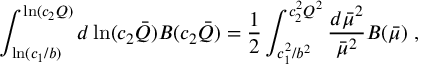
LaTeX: \int _ { \ln ( c _ { 1 } / b ) } ^ { \ln ( c _ { 2 } Q ) } d \ln ( c _ { 2 } \bar { Q } ) B ( c _ { 2 } \bar { Q } ) = { \frac { 1 } { 2 } } \int _ { c _ { 1 } ^ { 2 } / b ^ { 2 } } ^ { c _ { 2 } ^ { 2 } Q ^ { 2 } } { \frac { d \bar { \mu } ^ { 2 } } { \bar { \mu } ^ { 2 } } } B ( \bar { \mu } ) \; ,